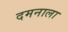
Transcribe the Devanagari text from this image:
दमनाला